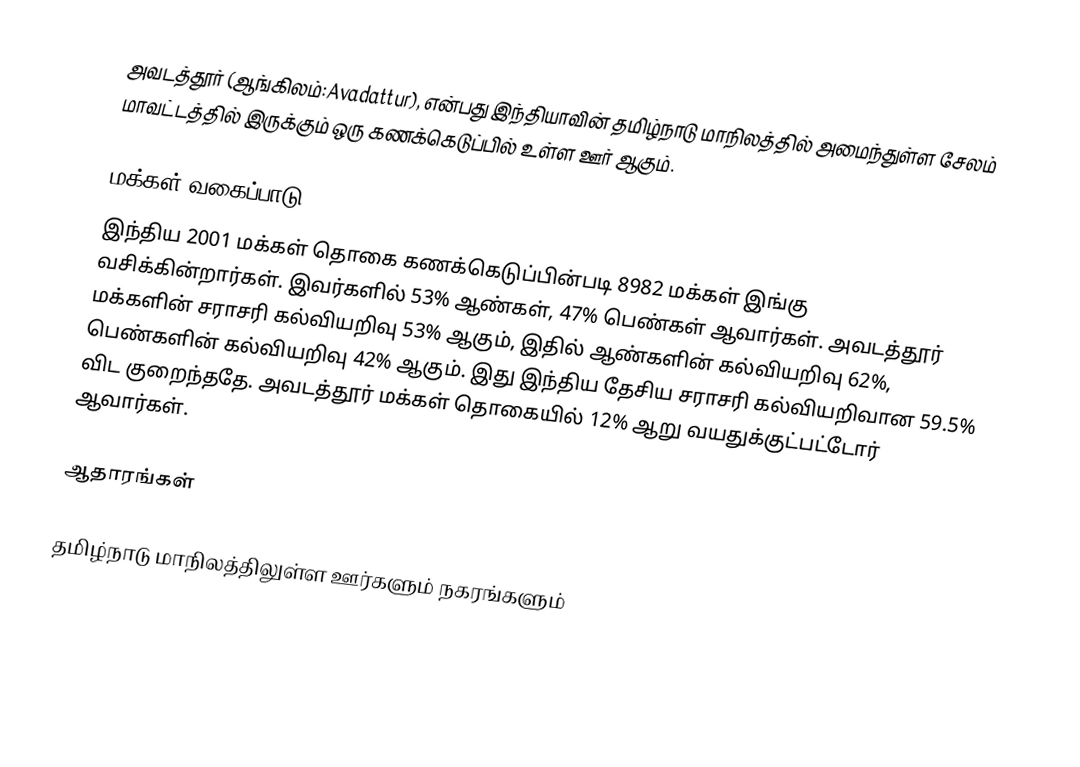
அவடத்தூர் (ஆங்கிலம்:Avadattur), என்பது இந்தியாவின் தமிழ்நாடு மாநிலத்தில் அமைந்துள்ள சேலம் மாவட்டத்தில் இருக்கும் ஒரு கணக்கெடுப்பில் உள்ள ஊர்  ஆகும்.

மக்கள் வகைப்பாடு
இந்திய 2001 மக்கள் தொகை கணக்கெடுப்பின்படி 8982 மக்கள் இங்கு வசிக்கின்றார்கள். இவர்களில் 53% ஆண்கள், 47% பெண்கள் ஆவார்கள். அவடத்தூர் மக்களின் சராசரி கல்வியறிவு 53% ஆகும்,  இதில் ஆண்களின் கல்வியறிவு 62%,  பெண்களின் கல்வியறிவு 42% ஆகும். இது இந்திய தேசிய சராசரி கல்வியறிவான 59.5% விட குறைந்ததே. அவடத்தூர் மக்கள் தொகையில் 12%  ஆறு வயதுக்குட்பட்டோர் ஆவார்கள்.

ஆதாரங்கள்

தமிழ்நாடு மாநிலத்திலுள்ள ஊர்களும் நகரங்களும்